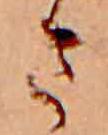
さ